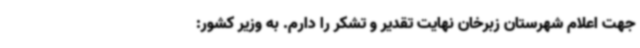
جهت اعلام شهرستان زبرخان نهایت تقدیر و تشکر را دارم. به وزیر کشور: